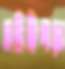
সমিতিপাড়া